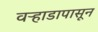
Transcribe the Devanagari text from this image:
वऱ्हाडापासून